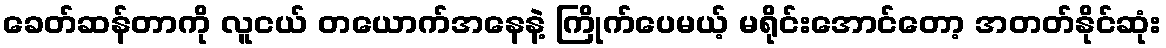
ခေတ်ဆန်တာကို လူငယ် တယောက်အနေနဲ့ ကြိုက်ပေမယ့် မရိုင်းအောင်တော့ အတတ်နိုင်ဆုံး